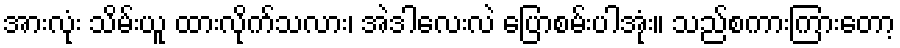
အားလုံး သိမ်းယူ ထားလိုက်သလား၊ အဲဒါလေးလဲ ပြောစမ်းပါအုံး။ သည်စကားကြားတော့